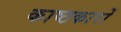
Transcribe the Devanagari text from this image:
काष्ठकारों